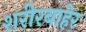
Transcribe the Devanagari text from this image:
शरीरबाहेर